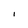
Character: I